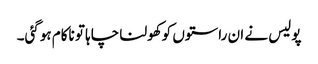
پولیس نے ان راستوں کوکھولنا چاہا تو ناکام ہوگئی۔